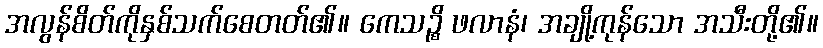
အလွန်စိတ်ကိုနှစ်သက်စေတတ်၏။ ကေသဉ္စိ ဖလာနံ၊ အချို့ကုန်သော အသီးတို့၏။